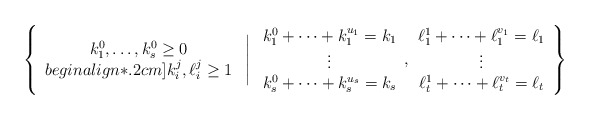
\begin{align*} \left\{ \begin{array}{c} k_1^0,\ldots,k_s^0\geq0\\begin{align*}.2cm]k_i^j,\ell_i^j\geq 1 \end{array} \ \Bigg|\ \begin{array}{c} k_1^0+\cdots+k_1^{u_1}=k_1\\ \vdots\\k_s^0+\cdots+k_s^{u_s}=k_s \end{array}, \begin{array}{c} \ell_1^1+\cdots+\ell_1^{v_1}=\ell_1\\ \vdots\\ \ell_t^1+\cdots+\ell_t^{v_t}=\ell_t \end{array} \right\} \end{align*}